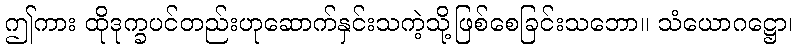
ဤကား ထိုဒုက္ခပင်တည်းဟုဆောက်နှင်းသကဲ့သို့ဖြစ်စေခြင်းသဘော။ သံယောဂဋ္ဌော၊